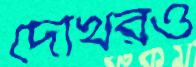
দেখিরও